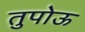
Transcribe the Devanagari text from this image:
तुपोऊ